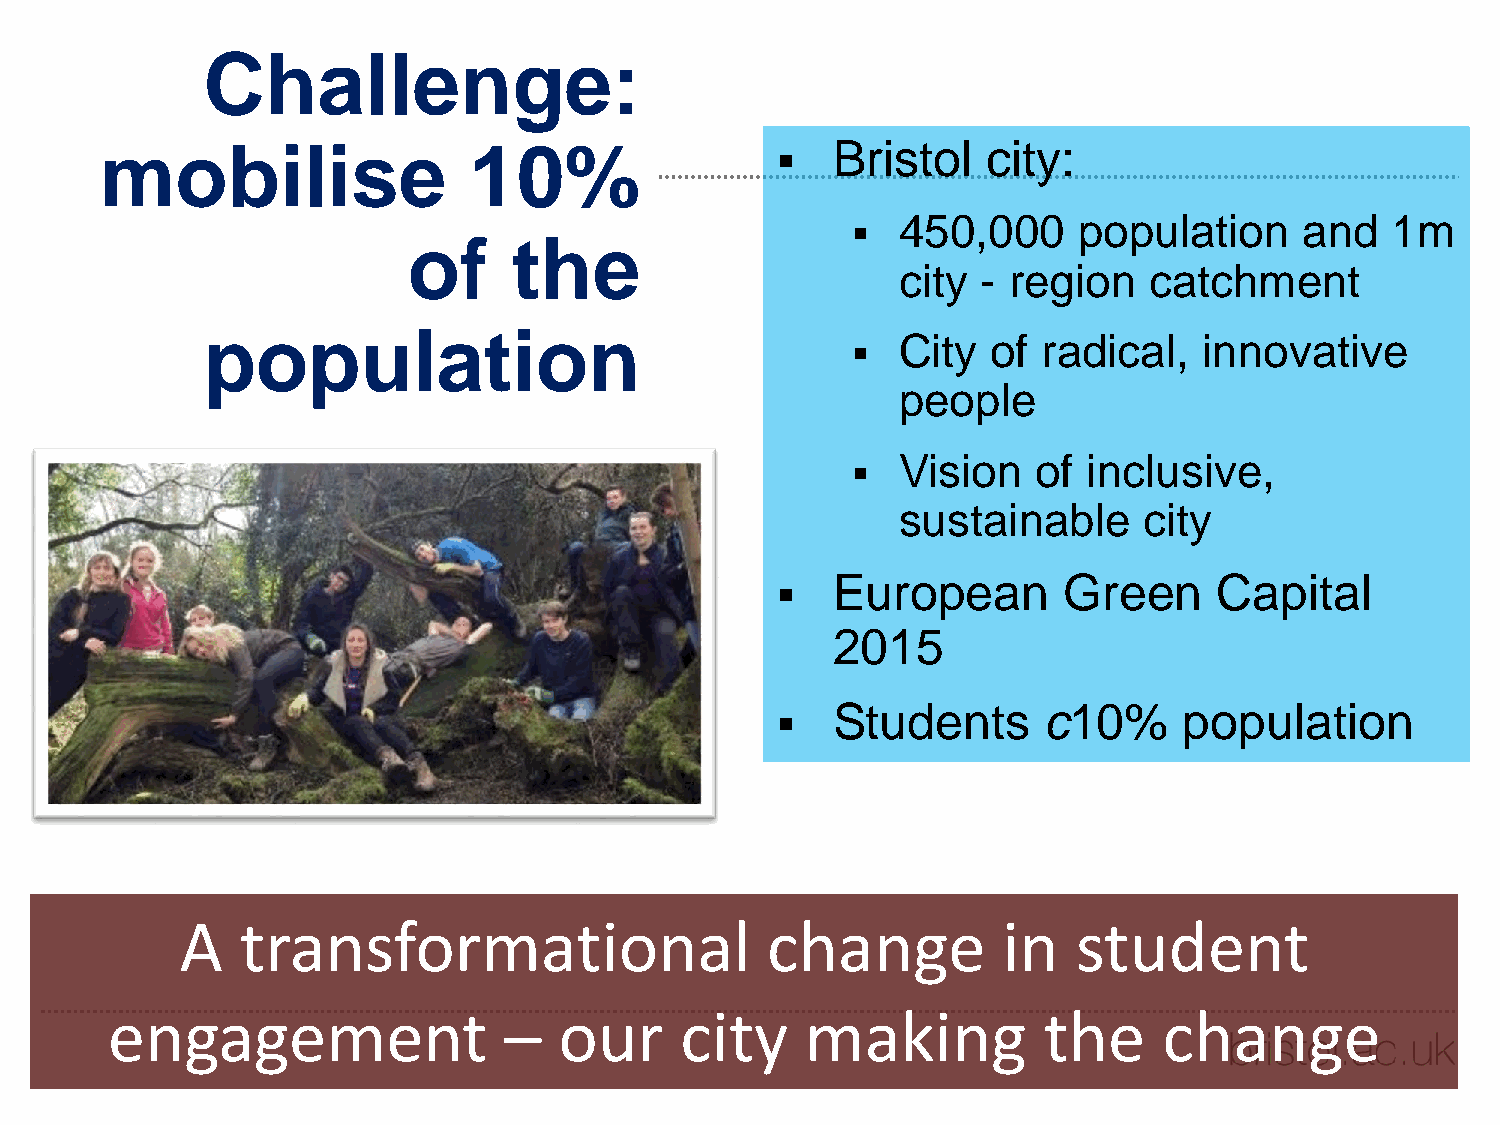
Challenge:
 mobilise                10%                    Bristol   city:
 450,000    population     and   1m
 
 of     the
 city - region   catchment
 population
 City  of radical,   innovative
 
 people
 Vision   of inclusive,
 
 sustainable     city
 European       Green      Capital
 
 2015
 Students      c10%     population
 
 A   transformational                   change         in   student
 engagement                –   our     city    making          the     change